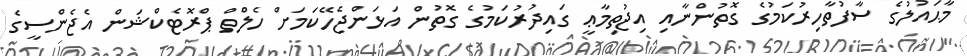
މާޙައުލުގެ ސާފުތާހިރުކަމުގެ ގޮތުންނާއި އިޖުތިމާޢީ ގައިދުރުކަމުގެ ގޮތުން އަޅަންޖެހޭކަމަށް ހެލްތް ޕްރޮޓެކްޝަން އެޖެންސީގެ